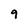
Character: 9